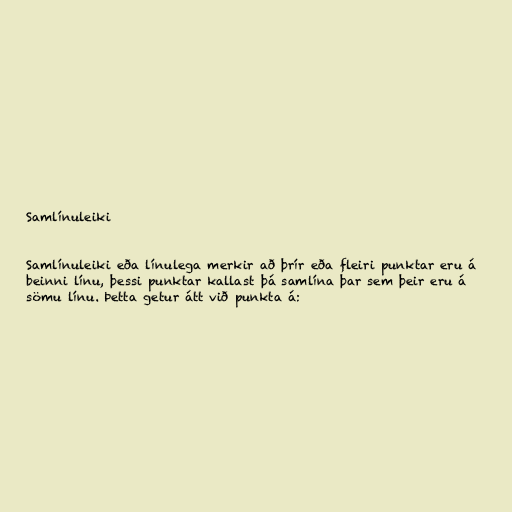
Samlínuleiki

Samlínuleiki eða línulega merkir að þrír eða fleiri punktar eru á
beinni línu, þessi punktar kallast þá samlína þar sem þeir eru á
sömu línu. Þetta getur átt við punkta á: